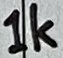
Text: 1k